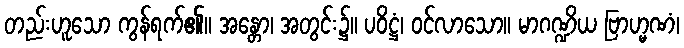
တည်းဟူသော ကွန်ရက်၏။ အန္တော၊ အတွင်း၌။ ပဝိဋ္ဌံ၊ ဝင်လာသော။ မာဂဏ္ဍိယ ဗြာဟ္မဏံ၊